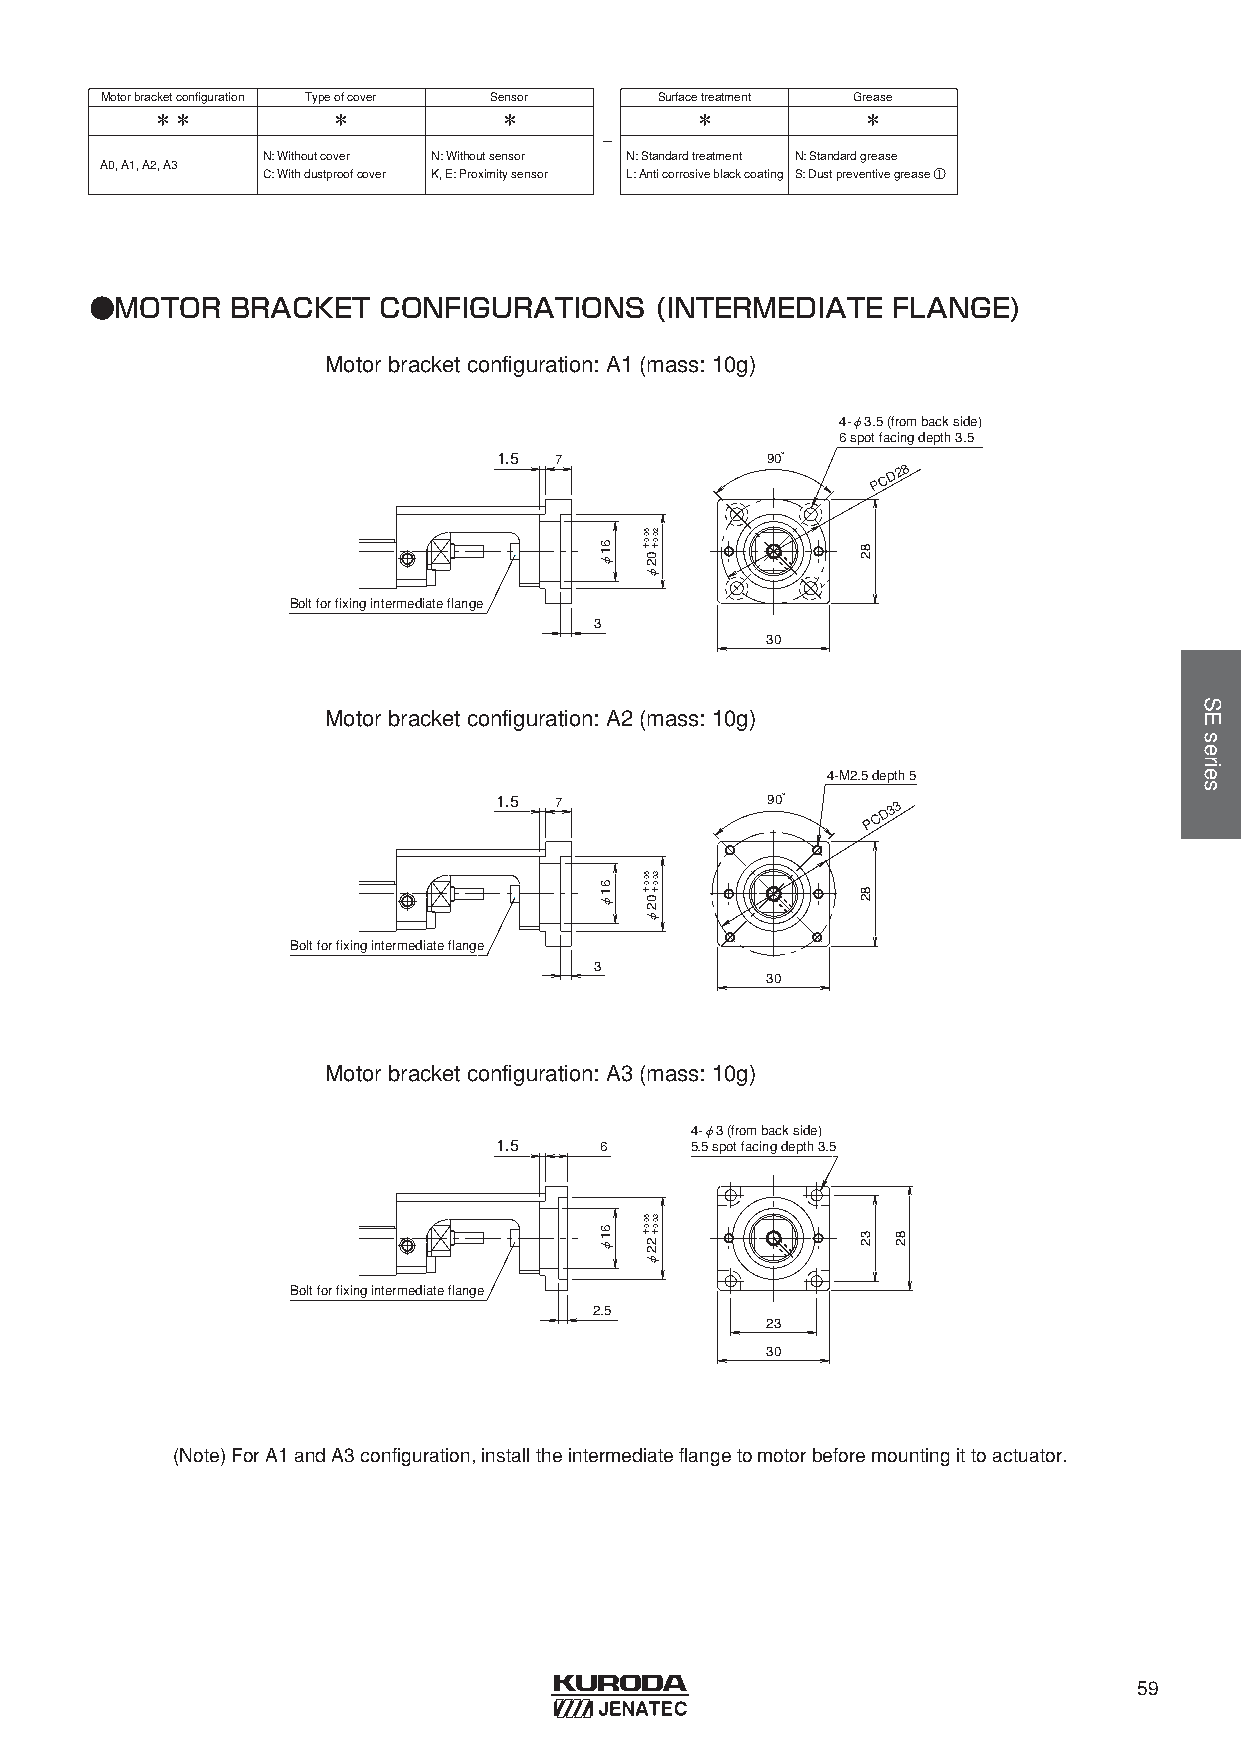
Motorbracketconfiguration Typeofcover Sensor Surfacetreatment Grease
 ＊＊          ＊          ＊            ＊          ＊
 -
 N: Withoutcover N: Withoutsensor N: Standardtreatment N: Standardgrease
 A0, A1, A2, A3
 C: Withdustproofcover K, E: Proximitysensor L: Anticorrosiveblackcoating S: Dustpreventivegrease ①
 ●MOTOR   BRACKET   CONFIGURATIONS    (INTERMEDIATE   FLANGE)
 Motorbracketconfiguration: A1 (mass: 10g)
 4-φ3.5 (from back side)
 6 spot facing depth 3.5
 1.5 7             90°
 P C D 2 8
 Bolt for fixing intermediate flange
 3
 30
 Motorbracketconfiguration: A2 (mass: 10g)
 4-M2.5 depth 5
 1.5 7             90°
 P C D
 33
 Bolt for fixing intermediate flange
 3
 30
 Motorbracketconfiguration: A3 (mass: 10g)
 4-φ3 (from back side)
 1.5    6     5.5 spot facing depth 3.5
 Bolt for fixing intermediate flange
 2.5
 23
 30
 (Note) ForA1 andA3 configuration, installtheintermediateflangetomotorbeforemountingittoactuator.
 59
 61φ
 61φ
 61φ
 5 20 0. .0 0＋ ＋02φ
 5 30 0. .0 0＋ ＋02φ
 5 30 0. .0 0＋ ＋22φ
 82
 82
 32 82
 SEseries